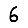
Digit: 6